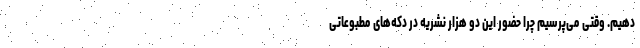
دهیم. وقتی می‌پرسیم چرا حضور این دو هزار نشریه در دکه‌های مطبوعاتی